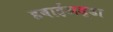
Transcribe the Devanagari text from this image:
हवाईअड़्डा